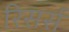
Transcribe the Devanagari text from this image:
रिसर्स